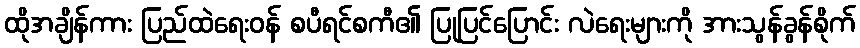
ထိုအချိန်ကား ပြည်ထဲရေးဝန် စပီရင်စကီ၏ ပြုပြင်ပြောင်း လဲရေးများကို အားသွန်ခွန်စိုက်